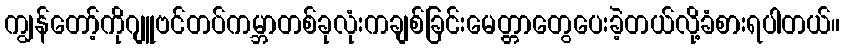
ကျွန်တော့်ကိုဂျူဗင်တပ်ကမ္ဘာတစ်ခုလုံးကချစ်ခြင်းမေတ္တာတွေပေးခဲ့တယ်လို့ခံစားရပါတယ်။